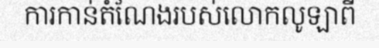
ការកាន់តំណែងរបស់លោកលូឡាពី